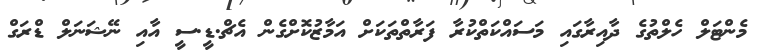
މެންޓަލް ހެލްތުގެ ދާއިރާގައި މަސައްކަތްކުރާ ފަރާތްތަކަށް އަމާޒުކޮށްގެން އެޗް.ޑީ.ސީ އާއި ނޭޝަނަލް ޑްރަގް